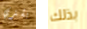
يشتري بذلك